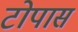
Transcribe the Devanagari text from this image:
टोपास